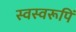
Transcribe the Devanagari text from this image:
स्वस्वरूपिं